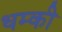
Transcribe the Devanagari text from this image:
धम्की